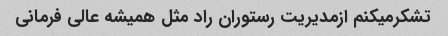
تشکرمیکنم ازمدیریت رستوران راد مثل همیشه عالی فرمانی